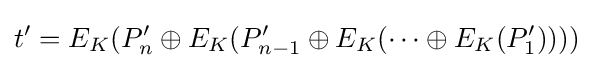
t'=E_{K}(P_{n}'\oplus E_{K}(P_{n-1}'\oplus E_{K}(\dots \oplus E_{K}(P_{1}'))))